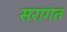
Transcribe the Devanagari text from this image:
सरागत